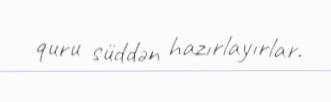
quru süddən hazırlayırlar.